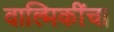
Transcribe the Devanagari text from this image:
वाल्मिकींचा